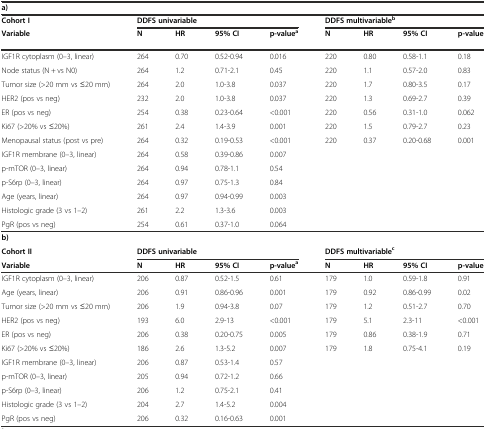
<table><thead><tr><td colspan="9"><b>a)</b></td></tr><tr><td><b>Cohort I</b></td><td colspan="4"><b>DDFS univariable</b></td><td colspan="4"><b>DDFS multivariable<sup>b</sup></b></td></tr><tr><td><b>Variable</b></td><td><b>N</b></td><td><b>HR</b></td><td><b>95% CI</b></td><td><b>p-value<sup>a</sup></b></td><td><b>N</b></td><td><b>HR</b></td><td><b>95% CI</b></td><td><b>p-value</b></td></tr></thead><tbody><tr><td>IGF1R cytoplasm (0–3, linear)</td><td>264</td><td>0.70</td><td>0.52-0.94</td><td>0.016</td><td>220</td><td>0.80</td><td>0.58-1.1</td><td>0.18</td></tr><tr><td>Node status (N + vs N0)</td><td>264</td><td>1.2</td><td>0.71-2.1</td><td>0.45</td><td>220</td><td>1.1</td><td>0.57-2.0</td><td>0.83</td></tr><tr><td>Tumor size (&gt;20 mm vs ≤20 mm)</td><td>264</td><td>2.0</td><td>1.0-3.8</td><td>0.037</td><td>220</td><td>1.7</td><td>0.80-3.5</td><td>0.17</td></tr><tr><td>HER2 (pos vs neg)</td><td>232</td><td>2.0</td><td>1.0-3.8</td><td>0.037</td><td>220</td><td>1.3</td><td>0.69-2.7</td><td>0.39</td></tr><tr><td>ER (pos vs neg)</td><td>254</td><td>0.38</td><td>0.23-0.64</td><td>&lt;0.001</td><td>220</td><td>0.56</td><td>0.31-1.0</td><td>0.062</td></tr><tr><td>Ki67 (&gt;20% vs ≤20%)</td><td>261</td><td>2.4</td><td>1.4-3.9</td><td>0.001</td><td>220</td><td>1.5</td><td>0.79-2.7</td><td>0.23</td></tr><tr><td>Menopausal status (post vs pre)</td><td>264</td><td>0.32</td><td>0.19-0.53</td><td>&lt;0.001</td><td>220</td><td>0.37</td><td>0.20-0.68</td><td>0.001</td></tr><tr><td>IGF1R membrane (0–3, linear)</td><td>264</td><td>0.58</td><td>0.39-0.86</td><td>0.007</td><td></td><td></td><td></td><td></td></tr><tr><td>p-mTOR (0–3, linear)</td><td>264</td><td>0.94</td><td>0.78-1.1</td><td>0.54</td><td></td><td></td><td></td><td></td></tr><tr><td>p-S6rp (0–3, linear)</td><td>264</td><td>0.97</td><td>0.75-1.3</td><td>0.84</td><td></td><td></td><td></td><td></td></tr><tr><td>Age (years, linear)</td><td>264</td><td>0.97</td><td>0.94-0.99</td><td>0.003</td><td></td><td></td><td></td><td></td></tr><tr><td>Histologic grade (3 vs 1–2)</td><td>261</td><td>2.2</td><td>1.3-3.6</td><td>0.003</td><td></td><td></td><td></td><td></td></tr><tr><td>PgR (pos vs neg)</td><td>254</td><td>0.61</td><td>0.37-1.0</td><td>0.064</td><td></td><td></td><td></td><td></td></tr><tr><td colspan="9"><b>b)</b></td></tr><tr><td><b>Cohort II</b></td><td colspan="4"><b>DDFS univariable</b></td><td colspan="4"><b>DDFS multivariable</b><sup><b>c</b></sup></td></tr><tr><td><b>Variable</b></td><td><b>N</b></td><td><b>HR</b></td><td><b>95% CI</b></td><td><b>p-value</b><sup><b>a</b></sup></td><td><b>N</b></td><td><b>HR</b></td><td><b>95% CI</b></td><td><b>p-value</b></td></tr><tr><td>IGF1R cytoplasm (0–3, linear)</td><td>206</td><td>0.87</td><td>0.52-1.5</td><td>0.61</td><td>179</td><td>1.0</td><td>0.59-1.8</td><td>0.91</td></tr><tr><td>Age (years, linear)</td><td>206</td><td>0.91</td><td>0.86-0.96</td><td>0.001</td><td>179</td><td>0.92</td><td>0.86-0.99</td><td>0.02</td></tr><tr><td>Tumor size (&gt;20 mm vs ≤20 mm)</td><td>206</td><td>1.9</td><td>0.94-3.8</td><td>0.07</td><td>179</td><td>1.2</td><td>0.51-2.7</td><td>0.70</td></tr><tr><td>HER2 (pos vs neg)</td><td>193</td><td>6.0</td><td>2.9-13</td><td>&lt;0.001</td><td>179</td><td>5.1</td><td>2.3-11</td><td>&lt;0.001</td></tr><tr><td>ER (pos vs neg)</td><td>206</td><td>0.38</td><td>0.20-0.75</td><td>0.005</td><td>179</td><td>0.86</td><td>0.38-1.9</td><td>0.71</td></tr><tr><td>Ki67 (&gt;20% vs ≤20%)</td><td>186</td><td>2.6</td><td>1.3-5.2</td><td>0.007</td><td>179</td><td>1.8</td><td>0.75-4.1</td><td>0.19</td></tr><tr><td>IGF1R membrane (0–3, linear)</td><td>206</td><td>0.87</td><td>0.53-1.4</td><td>0.57</td><td></td><td></td><td></td><td></td></tr><tr><td>p-mTOR (0–3, linear)</td><td>205</td><td>0.94</td><td>0.72-1.2</td><td>0.66</td><td></td><td></td><td></td><td></td></tr><tr><td>p-S6rp (0–3, linear)</td><td>206</td><td>1.2</td><td>0.75-2.1</td><td>0.41</td><td></td><td></td><td></td><td></td></tr><tr><td>Histologic grade (3 vs 1–2)</td><td>204</td><td>2.7</td><td>1.4-5.2</td><td>0.004</td><td></td><td></td><td></td><td></td></tr><tr><td>PgR (pos vs neg)</td><td>206</td><td>0.32</td><td>0.16-0.63</td><td>0.001</td><td></td><td></td><td></td><td></td></tr></tbody></table>